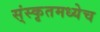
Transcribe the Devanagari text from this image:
स्ंस्कृतमध्येच